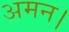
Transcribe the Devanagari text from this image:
अमन।